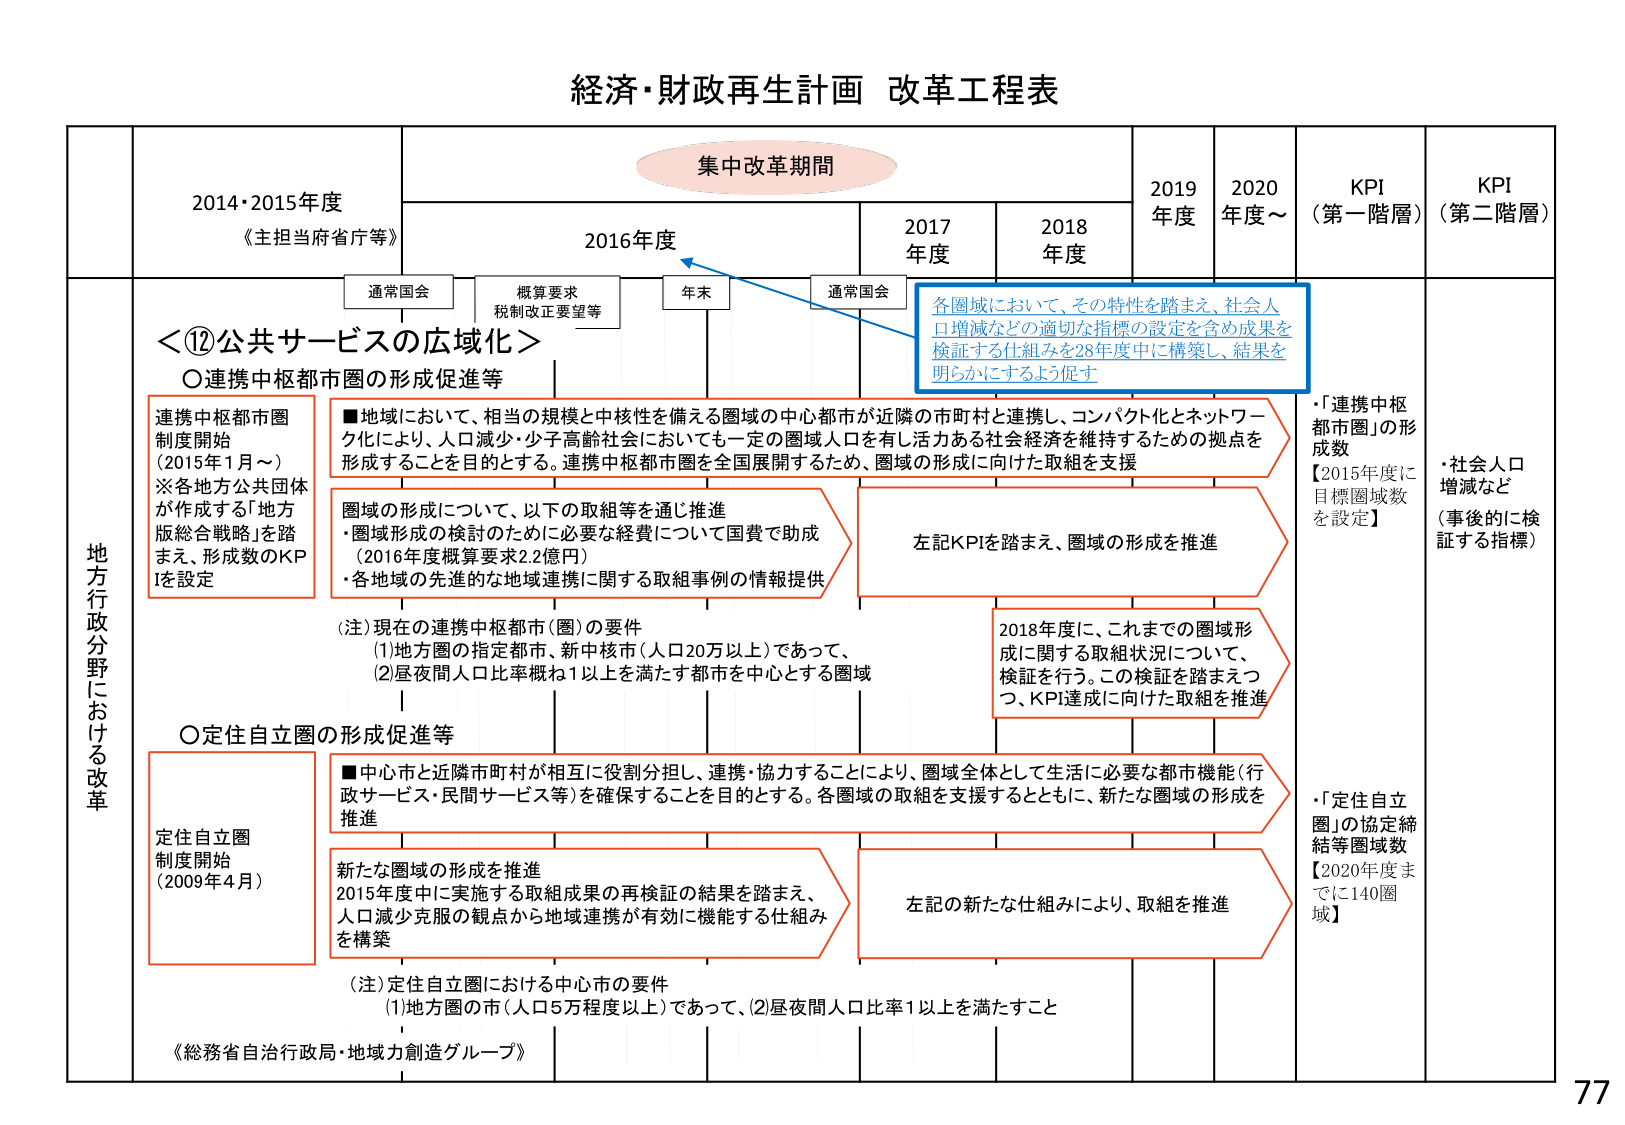
経済・財政再生計画 改革工程表

集中改革期間

2014・2015年度
《主担当府省庁等》

2016年度

2017年度

2018年度

2019年度

2020年度～

KPI（第一階層）

KPI（第二階層）

通常国会

概算要求
税制改正要望等

年末

通常国会

地方行政分野における改革

＜⑫公共サービスの広域化＞

○連携中枢都市圏の形成促進等

連携中枢都市圏
制度開始
（2015年1月～）
※各地方公共団体
が作成する「地方
版総合戦略」を踏
まえ、形成数のKPIを設定

■地域において、相当の規模と中核性を備える圏域の中心都市が近隣の市町村と連携し、コンパクト化とネットワーク化により、人口減少・少子高齢社会においても一定の圏域人口を有し活力ある社会経済を維持するための拠点を形成することを目的とする。連携中枢都市圏を全国展開するため、圏域の形成に向けた取組を支援

圏域の形成について、以下の取組等を通り推進
・圏域形成の検討のために必要な経費について国費で助成
（2016年度概算要求2.2億円）
・各地域の先進的な地域連携に関する取組事例の情報提供

（注）現在の連携中枢都市（圏）の要件
(1)地方圏の指定都市、新中核市（人口20万以上）であって、
(2)昼夜間人口比率概ね1以上を満たす都市を中心とする圏域

各圏域において、その特性を踏まえ、社会人口増減などの適切な指標の設定を含め成果を検証する仕組みを28年度中に構築し、結果を明らかにするよう促す

左記KPIを踏まえ、圏域の形成を推進

2018年度に、これまでの圏域形成に関する取組状況について、検証を行う。この検証を踏まえつつ、KPI達成に向けた取組を推進

・「連携中枢都市圏」の形成数
【2015年度に目標圏域数を設定】

・社会人口増減など
（事後的に検証する指標）

○定住自立圏の形成促進等

定住自立圏
制度開始
（2009年4月）

■中心市と近隣市町村が相互に役割分担し、連携・協力することにより、圏域全体として生活に必要な都市機能（行政サービス・民間サービス等）を確保することを目的とする。各圏域の取組を支援するとともに、新たな圏域の形成を推進

新たな圏域の形成を推進
2015年度中に実施する取組成果の再検証の結果を踏まえ、人口減少克服の観点から地域連携が有効に機能する仕組みを構築

（注）定住自立圏における中心市の要件
(1)地方圏の市（人口5万程度以上）であって、(2)昼夜間人口比率1以上を満たすこと

左記の新たな仕組みにより、取組を推進

・「定住自立圏」の協定締結等圏域数
【2020年度までに140圏域】

《総務省自治行政局・地域力創造グループ》

77